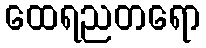
ထေရညတရော